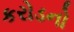
કરોડનો